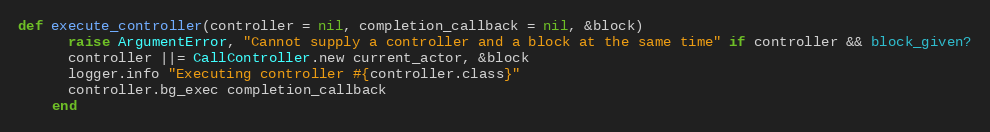
Language: Ruby
def execute_controller(controller = nil, completion_callback = nil, &block)
      raise ArgumentError, "Cannot supply a controller and a block at the same time" if controller && block_given?
      controller ||= CallController.new current_actor, &block
      logger.info "Executing controller #{controller.class}"
      controller.bg_exec completion_callback
    end